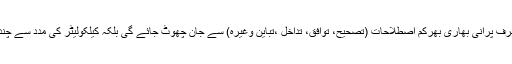
اگر علم میراث کو اس سے ہم آہنگ کر دیا جائے تو نہ صرف پرانی بھاری بھرکم اصطلاحات (تصحیح، توافق، تداخل ،تباین وغیرہ) سے جان چھوٹ جائے گی بلکہ کیلکولیٹر کی مدد سے چند منٹوں میں لاکھوں کی جائیداد بآسانی تقسیم ہو سکے گی۔